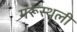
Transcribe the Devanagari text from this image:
मरूस्थली